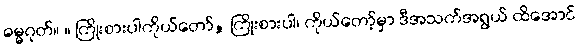
ဓမ္မဂုတ်။ ။ ကြိုးစားပါကိုယ်တော်, ကြိုးစားပါ၊ ကိုယ်တော့်မှာ ဒီအသက်အရွယ် ထိအောင်